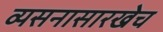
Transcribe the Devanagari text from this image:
व्यसनासारखेच